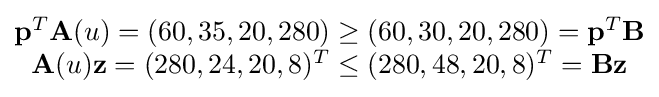
{\begin{matrix}\mathbf {p} ^{T}\mathbf {A} (u)=(60,35,20,280)\geq (60,30,20,280)=\mathbf {p} ^{T}\mathbf {B} \\\mathbf {A} (u)\mathbf {z} =(280,24,20,8)^{T}\leq (280,48,20,8)^{T}=\mathbf {B} {\mathbf {z} }\end{matrix}}